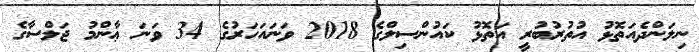
ނިލަންދެއަތޮޅު އުތުރުބުރީ އަތޮޅު ކައުންސިލްގެ 2018 ވަނައަހަރުގެ 34 ވަނަ ޢާންމު ޖަލްސާގެ